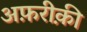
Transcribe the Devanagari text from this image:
अफ़रीक़ी